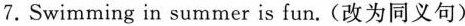
7.Swimming in summer is fun. (改为同义句)